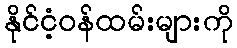
နိုင်ငံ့ဝန်ထမ်းများကို